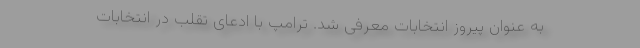
به عنوان پیروز انتخابات معرفی شد. ترامپ با ادعای تقلب در انتخابات